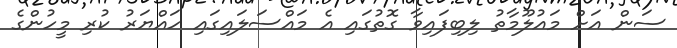
ސަން އަށް މައުލޫމާތު ލިބިފައިވާ ގޮތުގައި އެ މައްސަލައިގައި ހައްޔަރު ކުރި މީހުންގެ